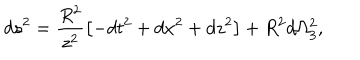
LaTeX: d s ^ { 2 } = \frac { R ^ { 2 } } { z ^ { 2 } } \left[ - d t ^ { 2 } + d x ^ { 2 } + d z ^ { 2 } \right] + R ^ { 2 } d \Omega _ { 3 } ^ { 2 } ,